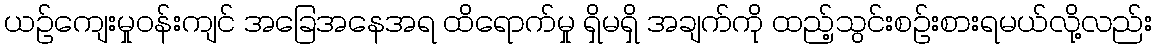
ယဉ်ကျေးမှုဝန်းကျင် အခြေအနေအရ ထိရောက်မှု ရှိမရှိ အချက်ကို ထည့်သွင်းစဉ်းစားရမယ်လို့လည်း